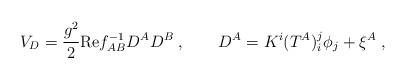
LaTeX: \begin{align*}V_D = \frac{g^2}2 {\rm Re} f_{AB}^{-1} D^A D^B \;,\qquad D^A = K^i(T^A)_i^j \phi_j + \xi^A \;,\end{align*}